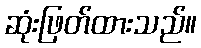
ဆုံးဖြတ်ထားသည်။